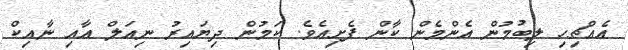
އެއްޗިހި ލިބުމުން އެންމެން ކާން ފެށިއެވެ. ކަމުން ދިޔައިރު ނިއަލް އާއި ނާއިކް